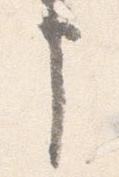
申